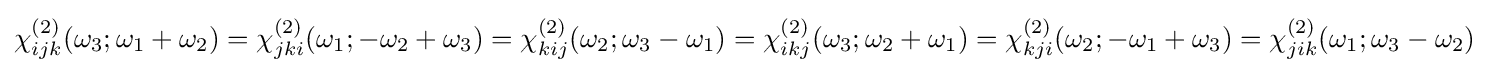
\chi _{ijk}^{(2)}(\omega _{3};\omega _{1}+\omega _{2})=\chi _{jki}^{(2)}(\omega _{1};-\omega _{2}+\omega _{3})=\chi _{kij}^{(2)}(\omega _{2};\omega _{3}-\omega _{1})=\chi _{ikj}^{(2)}(\omega _{3};\omega _{2}+\omega _{1})=\chi _{kji}^{(2)}(\omega _{2};-\omega _{1}+\omega _{3})=\chi _{jik}^{(2)}(\omega _{1};\omega _{3}-\omega _{2})